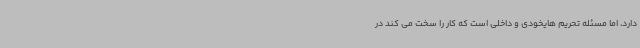
دارد، اما مسئله تحریم هایخودی و داخلی است که کار را سخت می کند در